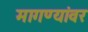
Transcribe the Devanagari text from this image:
मागण्यांवर